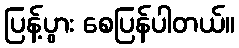
ပြန့်ပွား စေပြန်ပါတယ်။